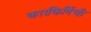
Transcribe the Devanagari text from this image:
कारकिर्दिची